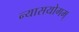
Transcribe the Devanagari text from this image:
न्यासयोगम्